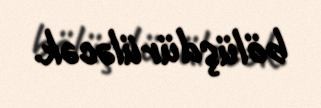
bölüşdürüləcək.